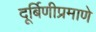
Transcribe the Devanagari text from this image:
दूर्बिणीप्रमाणे